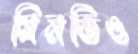
মিনতিও